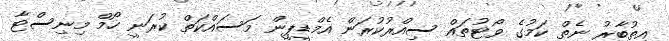
އިތުބާރު ނެތް ކަމުގެ ވޯޓުތައް ސިއްރުކުރަން އެމްޑީޕީން މަސައްކަތް ކުރަނީ ހޯމް މިނިސްޓާ